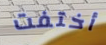
أختفت